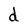
Character: d